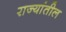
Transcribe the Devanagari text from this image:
रा़ज्यांतील